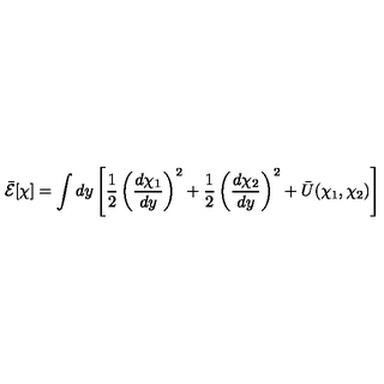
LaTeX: \bar { { \cal E } } [ \chi ] = \int d y \left[ \frac { 1 } { 2 } \left( \frac { d \chi _ { 1 } } { d y } \right) ^ { 2 } + \frac { 1 } { 2 } \left( \frac { d \chi _ { 2 } } { d y } \right) ^ { 2 } + \bar { U } ( \chi _ { 1 } , \chi _ { 2 } ) \right]